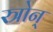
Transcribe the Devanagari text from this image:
स्त्रोन्